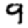
Digit: 9